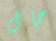
حال